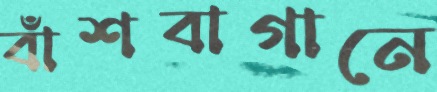
বাঁশবাগানে